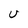
Character: U